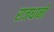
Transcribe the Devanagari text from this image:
राजधानीं